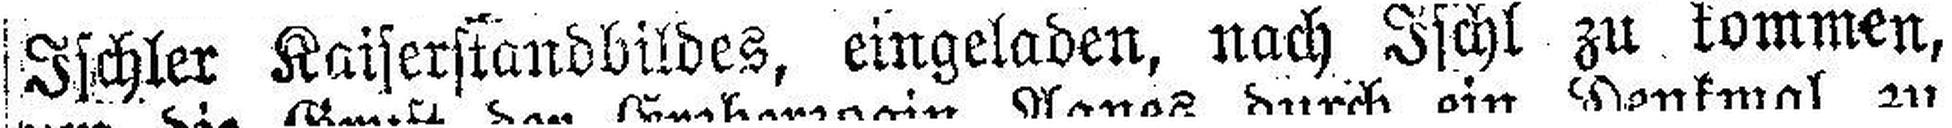
Ischler Kaiserstandbildes, eingeladen, nach Ischl zu kommen,